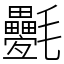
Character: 氎